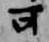
可